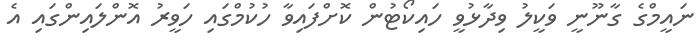
ނައީމްގެ ގާނޫނީ ވަކީލު ވިދާޅުވީ ހައިކޯޓުން ކޮށްފައިވާ ހުކުމްގައި ހަވީރު އޮންލައިންގައި އެ